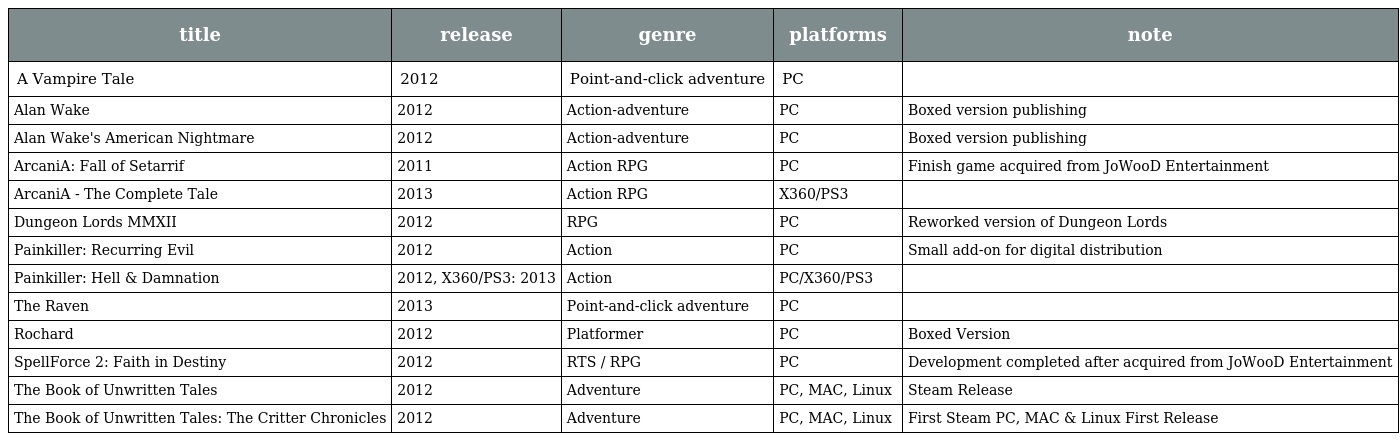
| title | release | genre | platforms | note |
 | --- | --- | --- | --- | --- |
 | A Vampire Tale | 2012 | Point-and-click adventure | PC |  |
 | Alan Wake | 2012 | Action-adventure | PC | Boxed version publishing |
 | Alan Wake's American Nightmare | 2012 | Action-adventure | PC | Boxed version publishing |
 | ArcaniA: Fall of Setarrif | 2011 | Action RPG | PC | Finish game acquired from JoWooD Entertainment |
 | ArcaniA - The Complete Tale | 2013 | Action RPG | X360/PS3 |  |
 | Dungeon Lords MMXII | 2012 | RPG | PC | Reworked version of Dungeon Lords |
 | Painkiller: Recurring Evil | 2012 | Action | PC | Small add-on for digital distribution |
 | Painkiller: Hell & Damnation | 2012, X360/PS3: 2013 | Action | PC/X360/PS3 |  |
 | The Raven | 2013 | Point-and-click adventure | PC |  |
 | Rochard | 2012 | Platformer | PC | Boxed Version |
 | SpellForce 2: Faith in Destiny | 2012 | RTS / RPG | PC | Development completed after acquired from JoWooD Entertainment |
 | The Book of Unwritten Tales | 2012 | Adventure | PC, MAC, Linux | Steam Release |
 | The Book of Unwritten Tales: The Critter Chronicles | 2012 | Adventure | PC, MAC, Linux | First Steam PC, MAC & Linux First Release |